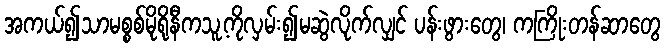
အကယ်၍သာမစ္စစ်မိုရိုနီကသူ့ကိုလှမ်း၍မဆွဲလိုက်လျှင် ပန်းဖွားတွေ၊ ကကြိုးတန်ဆာတွေ